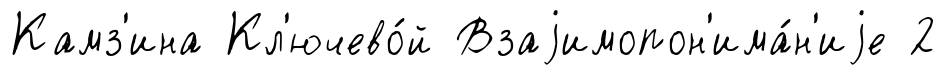
Камз'ина Кл'ючево́й Взаjимопон'има́н'иjе 2